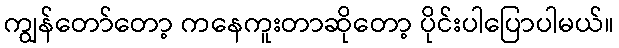
ကျွန်တော်တော့ ကနေကူးတာဆိုတော့ ပိုင်းပါပြောပါမယ်။